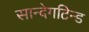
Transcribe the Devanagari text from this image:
सान्देगटिन्ड